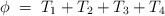
\begin{align*}\phi\;=\;T_{1}+T_{2}+T_{3}+T_{4}\end{align*}